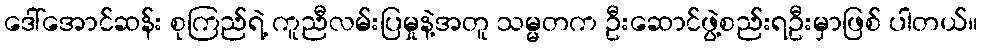
ဒေါ်အောင်ဆန်း စုကြည်ရဲ့ ကူညီလမ်းပြမှုနဲ့အတူ သမ္မတက ဦးဆောင်ဖွဲ့စည်းရဦးမှာဖြစ် ပါတယ်။